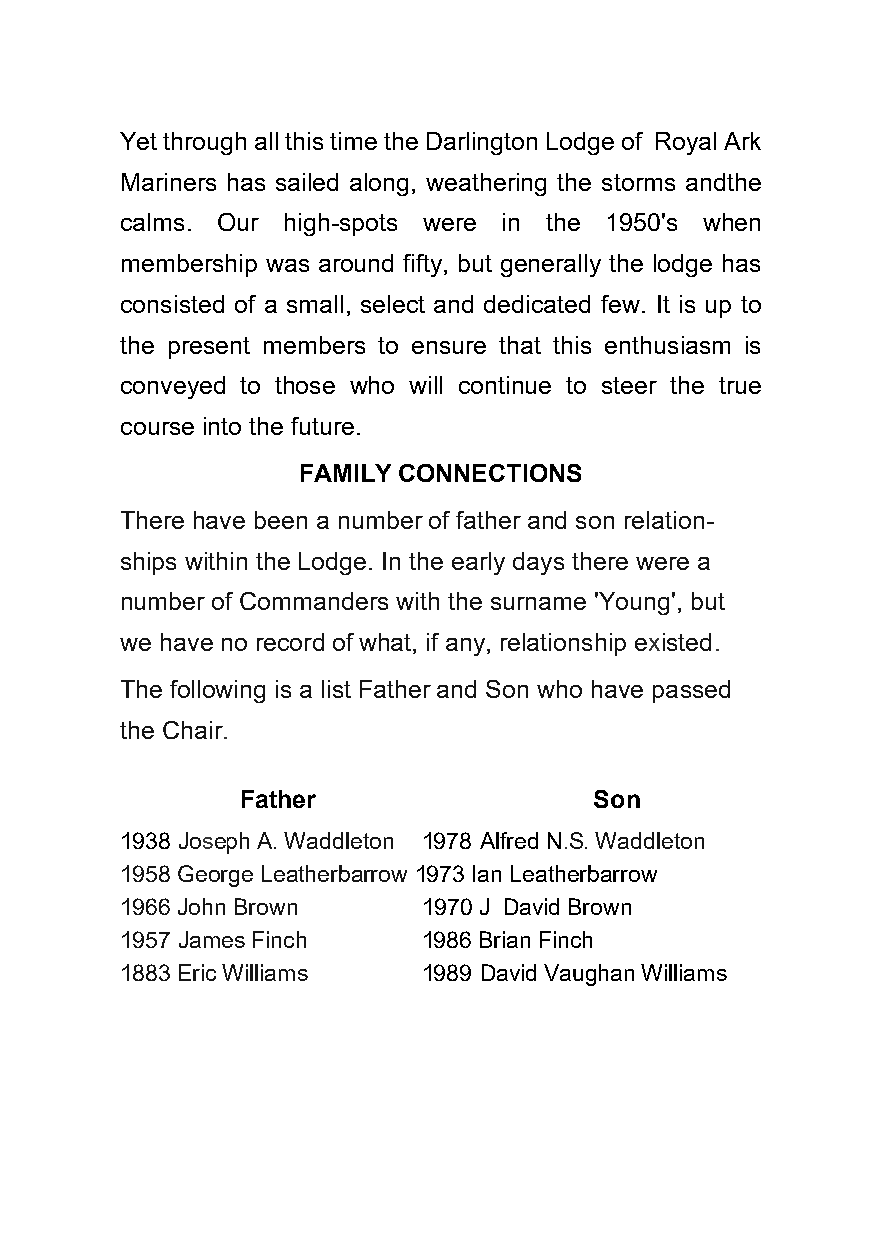
Yet through all this time the Darlington Lodge of Royal Ark
 Mariners has sailed along, weathering the storms and the
 calms. Our high-spots were in the 1950's when
 membership was around fifty, but generally the lodge has
 consisted of a small, select and dedicated few. It is up to
 the present members to ensure that this enthusiasm is
 conveyed to those who will continue to steer the true
 course into the future.
 FAMILY CONNECTIONS
 There have been a number of father and son relation-
 ships within the Lodge. In the early days there were a
 number of Commanders with the surname 'Young', but
 we have no record of what, if any, relationship existed.
 The following is a list Father and Son who have passed
 the Chair.
 Father                 Son
 1938 Joseph A. Waddleton 1978 Alfred N.S. Waddleton
 1958 George Leatherbarrow 1973 Ian Leatherbarrow
 1966 John Brown     1970 J David Brown
 1957 James Finch    1986 Brian Finch
 1883 Eric Williams  1989 David Vaughan Williams